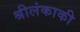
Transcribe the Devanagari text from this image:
श्रीलंकाकी